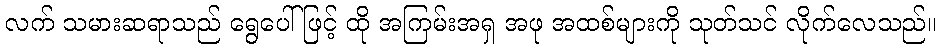
လက် သမားဆရာသည် ရွေပေါ်ဖြင့် ထို အကြမ်းအရှ အဖု အထစ်များကို သုတ်သင် လိုက်လေသည်။